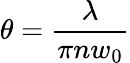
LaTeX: \theta={\frac{\lambda}{\pi nw_{0}}}